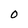
Character: O